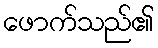
ဖောက်သည်၏